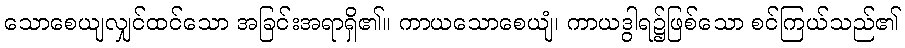
သောစေယျလျှင်ထင်သော အခြင်းအရာရှိ၏။ ကာယသောစေယျံ၊ ကာယဒွါရ၌ဖြစ်သော စင်ကြယ်သည်၏